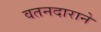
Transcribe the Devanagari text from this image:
वतनदाराने